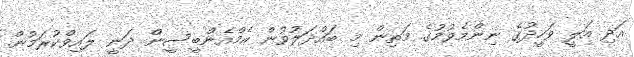
އަދި އަލީ ވަހީދުގެ ނިންމެވުމުގެ މަތިން މި ބައްދަލުވުން އެމްއެންބީސީން ދަނީ ލައިވްކުރަމުން.